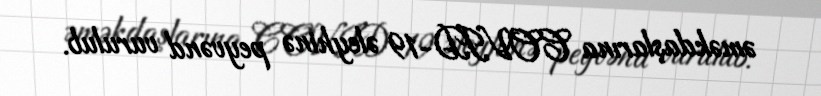
əməkdaşlarına COVID-19 əleyhinə peyvənd vurulub.